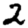
Digit: 2